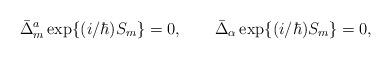
LaTeX: \begin{align*}\bar{\Delta}_m^a\, {\rm exp}\{ (i/ \hbar) S_m \} = 0,\qquad\bar{\Delta}_\alpha\, {\rm exp}\{ (i/ \hbar) S_m \} = 0,\end{align*}